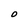
Character: O